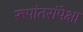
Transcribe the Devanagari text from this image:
रूपांतरांपेक्षा